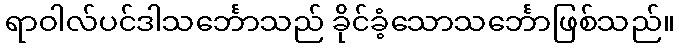
ရာဝါလ်ပင်ဒါသင်္ဘောသည် ခိုင်ခံ့သောသင်္ဘောဖြစ်သည်။